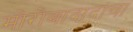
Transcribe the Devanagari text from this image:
मोरोबादादांचा